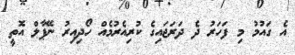
އެ ގައުމު މި ފަހަރު ދެ ދަރަޖައިގެ ކުރިއެރުމެއް ހޯދިއިރު ނޭޕާލް އޮތީ